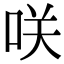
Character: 咲